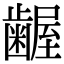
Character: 𮯎